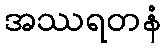
အဿရတနံ